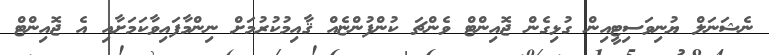
ނެޝަނަލް ޔުނިވަސިޓީއިން ގުޅިގެން ޖޮއިންޓް ވެންޗަ ކުންފުންޏެއް ޤާއިމުކުރުމަށް ނިންމާފައިވާކަމަށާއި އެ ޖޮއިންޓް